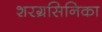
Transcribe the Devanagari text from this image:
शरग्रसिनिका